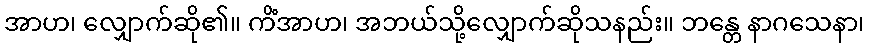
အာဟ၊ လျှောက်ဆို၏။ ကိံအာဟ၊ အဘယ်သို့လျှောက်ဆိုသနည်း။ ဘန္တေ နာဂသေနာ၊